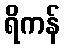
ရိကန်